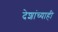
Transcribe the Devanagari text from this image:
देशांच्याही